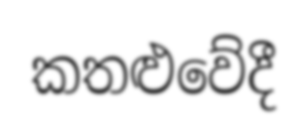
කතළුවේදී